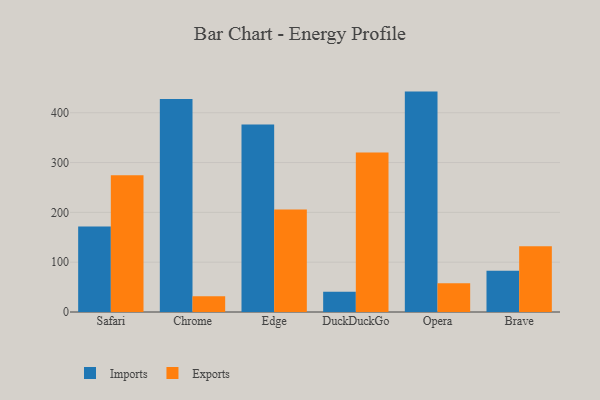
{"axis": {"x": "Browser", "y": "Customer Acquisition Cost (USD)"}, "legend": ["Exports", "Imports"], "data": [{"x": "Safari", "y": 171.4, "type": "Imports"}, {"x": "Safari", "y": 274.3, "type": "Exports"}, {"x": "Chrome", "y": 427.3, "type": "Imports"}, {"x": "Chrome", "y": 31.7, "type": "Exports"}, {"x": "Edge", "y": 376.6, "type": "Imports"}, {"x": "Edge", "y": 205.9, "type": "Exports"}, {"x": "DuckDuckGo", "y": 40.8, "type": "Imports"}, {"x": "DuckDuckGo", "y": 320.4, "type": "Exports"}, {"x": "Opera", "y": 442.4, "type": "Imports"}, {"x": "Opera", "y": 57.9, "type": "Exports"}, {"x": "Brave", "y": 83.0, "type": "Imports"}, {"x": "Brave", "y": 131.9, "type": "Exports"}]}